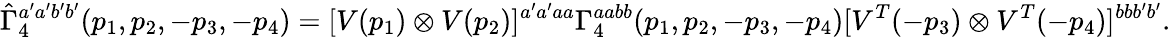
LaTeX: \hat{\Gamma}_{4}^{a^{\prime}a^{\prime}b^{\prime}b^{\prime}}(p_{1},p_{2},-p_{3},-p_{4})=[V(p_{1})\otimes V(p_{2})]^{a^{\prime}a^{\prime}aa}{\Gamma}_{4}^{aabb}(p_{1},p_{2},-p_{3},-p_{4})[V^{T}(-p_{3})\otimes V^{T}(-p_{4})]^{bbb^{\prime}b^{\prime}}.